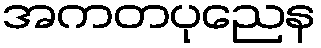
အကတပုညေန